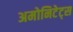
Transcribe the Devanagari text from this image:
अमोनिटेट्स